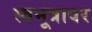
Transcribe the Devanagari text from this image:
स्वमूत्रावर